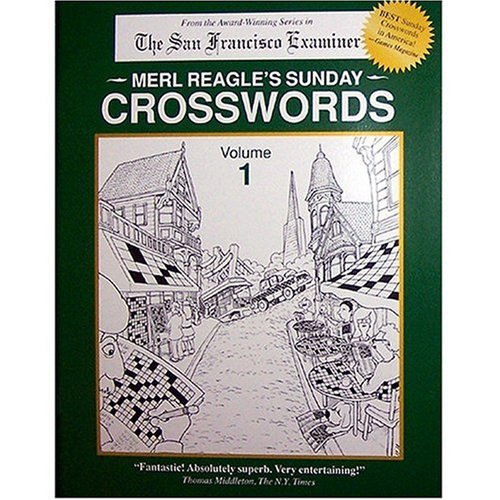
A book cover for Merl Reagle's Sunday Crosswords, Vol. 1; Merl Reagle; Humor & Entertainment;